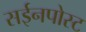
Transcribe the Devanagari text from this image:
सईनपोस्ट